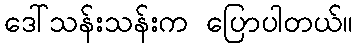
ဒေါ်သန်းသန်းက ပြောပါတယ်။